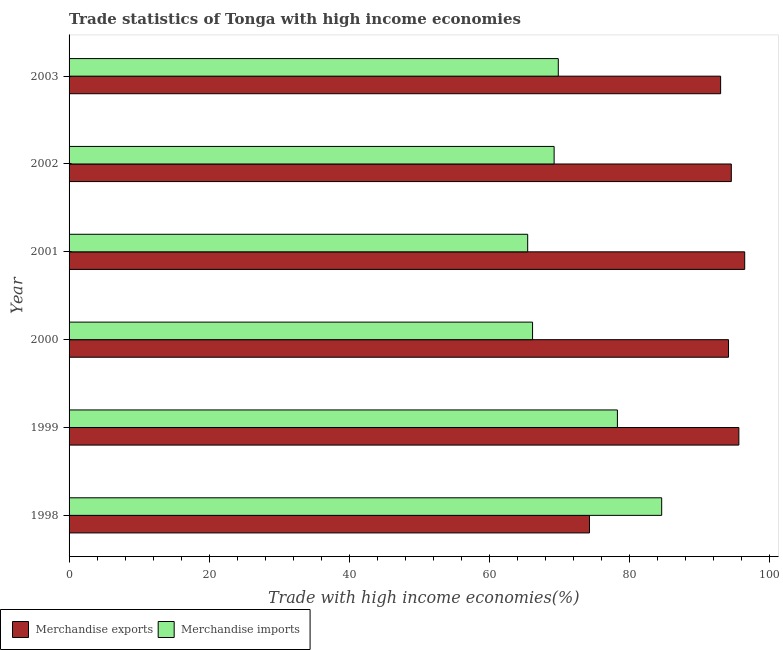
| Year | Merchandise exports | Merchandise imports |
 | --- | --- | --- |
 | 1998 | 74.3 | 84.6 |
 | 1999 | 95.6 | 78.3 |
 | 2000 | 94.1 | 66.1 |
 | 2001 | 96.4 | 65.5 |
 | 2002 | 94.5 | 69.2 |
 | 2003 | 93 | 69.8 |